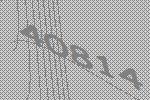
40814